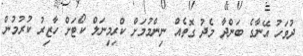
ދުވަހު އޭނާގެ ބަންދާ މެދު ގޮތެއް ނިންމުމަށް ކްރިމިނަލް ކޯޓަށް ހާޒިރު ކުރުމުން